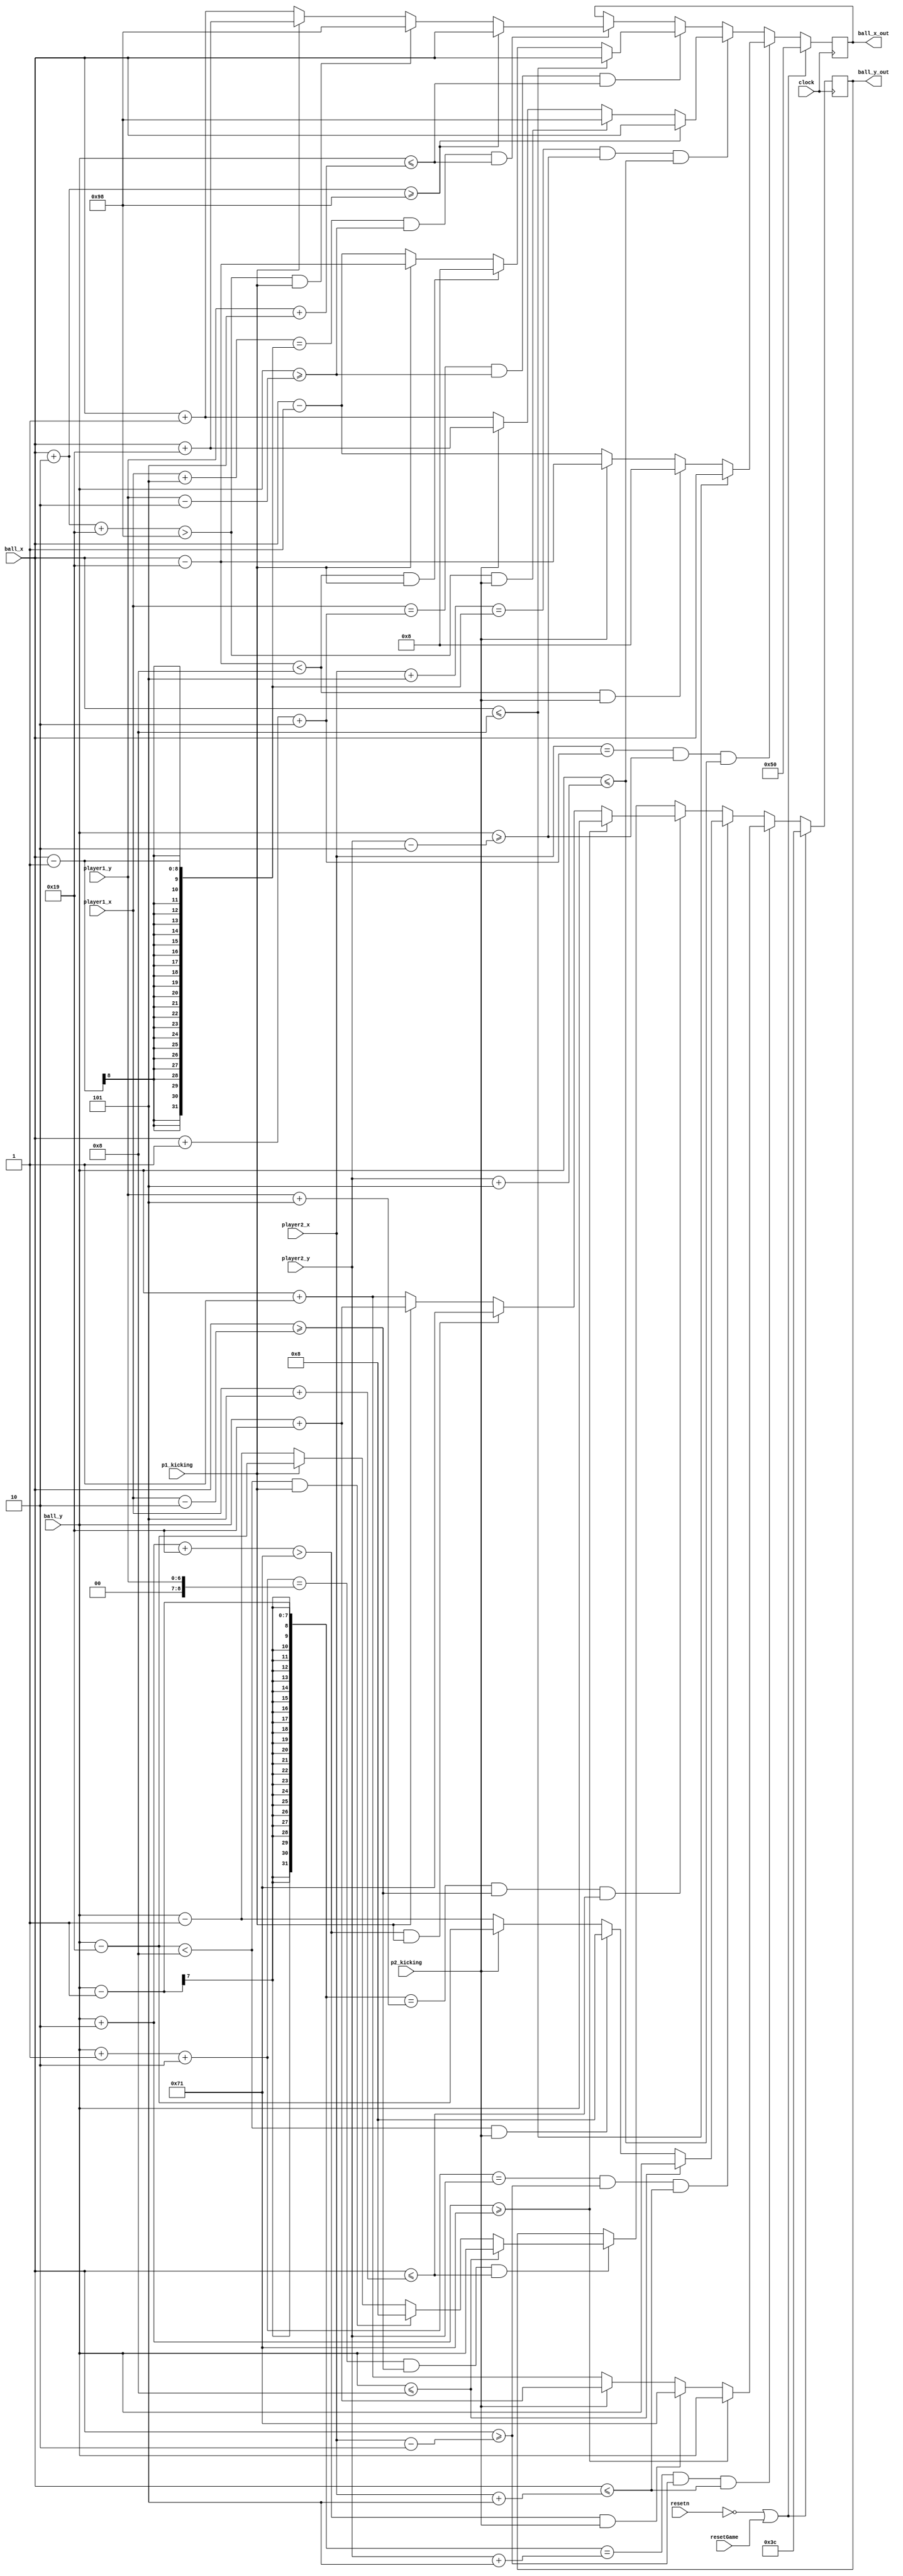
module soccerball(clock, player1_x, player1_y, player2_x, player2_y, p1_kicking, p2_kicking, resetn, resetGame, ball_x, ball_y, ball_x_out, ball_y_out);

	input clock, resetn, resetGame;
	
	input p1_kicking, p2_kicking;

	//takes current position of the character
	input [7:0] player1_x, player2_x, ball_x;
	input [6:0] player1_y, player2_y, ball_y;
	
	output reg [7:0] ball_x_out;
	output reg [6:0] ball_y_out;
	
	//how fast the ball moves
	localparam speed = 1'b1;

	//how far the ball kicks
	localparam kick_speed = 5'b11001;
	
	//player size used to determine if the player is out of bounds
	localparam player_size = 3'b101;	
	
	//size of ball
	localparam ball_size = 2'b10;
	
	//starting positon of ball
	localparam ball_start_x =  8'b01010000;
	localparam ball_start_y =  7'b0111100;
	
	//field borders
	localparam left_border = 8'b00001000; 
	localparam right_border = 8'b10011000;
	localparam top_border = 7'b0001000; 
	localparam bottom_border = 7'b1110001;
	
	//goal borders
	
	always @ (posedge clock) begin
	//if player 1 is moving the ball
		//move ball right
		if((player1_x + player_size == (ball_x - 1)) && (ball_y >= player1_y - ball_size) && (ball_y <= player1_y + player_size)) begin
			if((ball_x + ball_size) >= right_border)
				ball_x_out <= ball_x;
			else if(((ball_x + ball_size + kick_speed) > right_border) && p1_kicking)
				ball_x_out <= right_border;
			else if(p1_kicking)
				ball_x_out <= ball_x + kick_speed;
			else 
				ball_x_out <= ball_x + speed;
		end
		//move ball left
		if((player1_x == (ball_x + 1) + ball_size) && (ball_y >= player1_y - ball_size) && (ball_y <= player1_y + player_size)) begin
			if(ball_x <= left_border)
				ball_x_out <= ball_x;
			else if(((ball_x - kick_speed) < left_border) && p1_kicking)
				ball_x_out <= left_border;
			else if(p1_kicking)
				ball_x_out <= ball_x - kick_speed;
			else 
				ball_x_out <= ball_x - speed;
		end
		//move ball up
		if(((ball_y + 1) + ball_size == player1_y) && (ball_x >= player1_x - ball_size) && (ball_x <= player1_x + player_size)) begin
			if(ball_y <= top_border)
				ball_y_out <= ball_y;
			else if(((ball_y - kick_speed) < top_border) && p1_kicking)
				ball_y_out <= top_border;
			else if(p1_kicking)
				ball_y_out <= ball_y - kick_speed;
			else 
				ball_y_out <= ball_y - speed;
		end
		//move ball down
		if(((ball_y - 1) == player1_y + player_size) && (ball_x >= player1_x - ball_size) && (ball_x <= player1_x + player_size)) begin
			if(ball_y + ball_size >= bottom_border)
				ball_y_out <= ball_y;
			else if(((ball_y + ball_size +  kick_speed) > bottom_border) && p1_kicking)
				ball_y_out <= bottom_border;
			else if(p1_kicking)
				ball_y_out <= ball_y + kick_speed;
			else 
				ball_y_out <= ball_y + speed;
		end
		
		//NOT UDPATED
	//if player 2 is moving the ball
		if((player2_x + player_size == (ball_x - 1)) && (ball_y >= player2_y - ball_size) && (ball_y <= player2_y + player_size)) begin
			if((ball_x + ball_size) >= right_border)
				ball_x_out <= ball_x;
			else if(((ball_x + ball_size + kick_speed) > right_border) && p2_kicking)
				ball_x_out <= right_border;
			else if(p2_kicking)
				ball_x_out <= ball_x + kick_speed;
			else 
				ball_x_out <= ball_x + speed;
		end
		//move ball left
		if((player2_x == (ball_x + 1) + ball_size) && (ball_y >= player2_y - ball_size) && (ball_y <= player2_y + player_size)) begin
			if(ball_x <= left_border)
				ball_x_out <= ball_x;
			else if(((ball_x - kick_speed) < left_border) && p2_kicking)
				ball_x_out <= left_border;
			else if(p2_kicking)
				ball_x_out <= ball_x - kick_speed;
			else 
				ball_x_out <= ball_x - speed;
		end
		//move ball up
		if(((ball_y + 1) + ball_size == player2_y) && (ball_x >= player2_x - ball_size) && (ball_x <= player2_x + player_size)) begin
			if(ball_y <= top_border)
				ball_y_out <= ball_y;
			else if(((ball_y - kick_speed) < top_border) && p2_kicking)
				ball_y_out <= top_border;
			else if(p2_kicking)
				ball_y_out <= ball_y - kick_speed;
			else 
				ball_y_out <= ball_y - speed;
		end
		//move ball down
		if(((ball_y - 1) == player2_y + player_size) && (ball_x >= player2_x - ball_size) && (ball_x <= player2_x + player_size)) begin
			if(ball_y + ball_size >= bottom_border)
				ball_y_out <= ball_y;
			else if(((ball_y + ball_size +  kick_speed) > bottom_border) && p2_kicking)
				ball_y_out <= bottom_border;
			else if(p2_kicking)
				ball_y_out <= ball_y + kick_speed;
			else 
				ball_y_out <= ball_y + speed;
		end
		
		//reset
		if(!resetn || resetGame) begin
			ball_x_out <= ball_start_x;
			ball_y_out <= ball_start_y;
		end
	end
endmodule